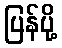
ပြန်ပို့